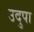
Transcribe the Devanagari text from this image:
उदुपा